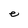
Character: e